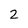
Character: 2